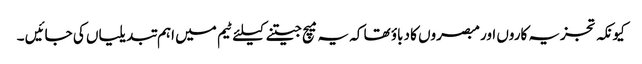
کیونکہ تجزیہ کاروں اور مبصروں کا دباؤ تھا کہ یہ میچ جیتنے کیلئے ٹیم میں اہم تبدیلیاں کی جائیں ۔